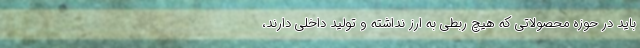
باید در حوزه محصولاتی که هیچ ربطی به ارز نداشته و تولید داخلی دارند،